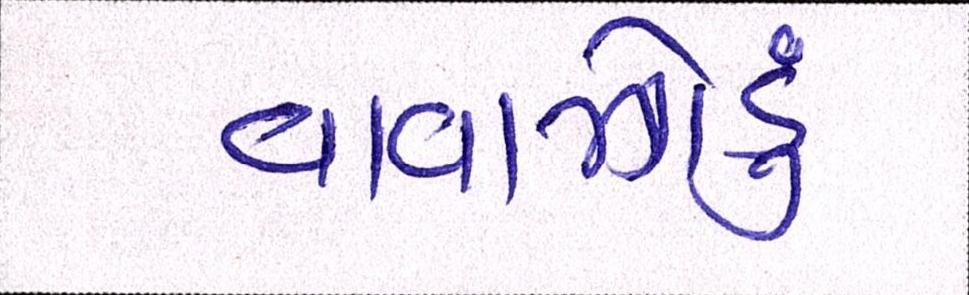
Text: વાવાઝોડું